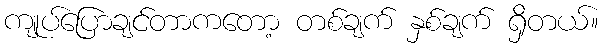
ကျုပ်ပြောချင်တာကတော့ တစ်ချက် နှစ်ချက် ရှိတယ်။